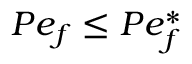
P e _ { f } \leq P e _ { f } ^ { \ast }